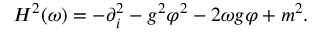
H ^ { 2 } ( \omega ) = - \partial _ { i } ^ { 2 } - g ^ { 2 } \varphi ^ { 2 } - 2 \omega g \varphi + m ^ { 2 } .